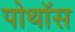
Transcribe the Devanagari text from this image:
पोथॉस